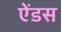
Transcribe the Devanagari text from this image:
ऐंडस